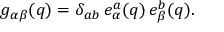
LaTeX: g _ { \alpha \beta } ( q ) = \delta _ { a b } \, e _ { \alpha } ^ { a } ( q ) \, e _ { \beta } ^ { b } ( q ) .